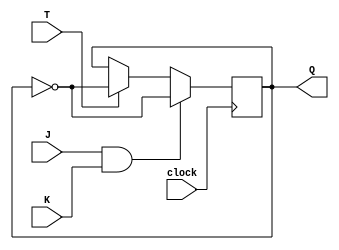
module T_FF_with_JK (
  input T,
  input J,
  input K,
  input clock,
  output reg Q
);

always @(posedge clock) begin
  if (J && K) begin
    Q <= ~Q;
  end else if (T) begin
    Q <= ~Q;
  end
end

endmodule